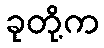
ခုတို့က